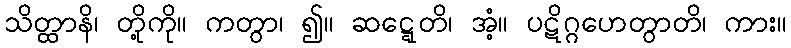
သိတ္ထာနိ၊ တို့ကို။ ကတွာ၊ ၍။ ဆဋ္ဋေတိ၊ အံ့။ ပဋိဂ္ဂဟေတွာတိ၊ ကား။